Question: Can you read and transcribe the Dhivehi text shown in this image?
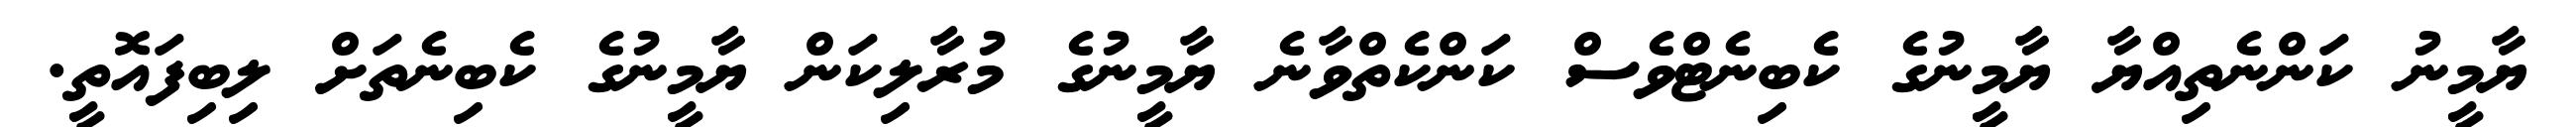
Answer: ޔާމީނު ކަންނެތިއްޔާ ޔާމީނުގެ ކެބިނެޓްވެސް ކަންކެތްވާނެ ޔާމީނުގެ މުރާލިކަން ޔާމީނުގެ ކެބިނެތަށް ލިބިފައޮތީ.